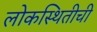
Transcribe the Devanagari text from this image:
लोकस्थितीची